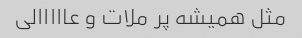
مثل همیشه پر ملات و عااااالی